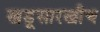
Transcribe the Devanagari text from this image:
खडूसारखीच